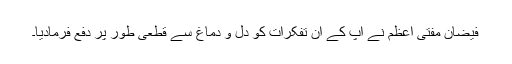
فیضان مفتی اعظم نے اپ کے ان تفکرات کو دل و دماغ سے قطعی طور پر دفع فرمادیا۔